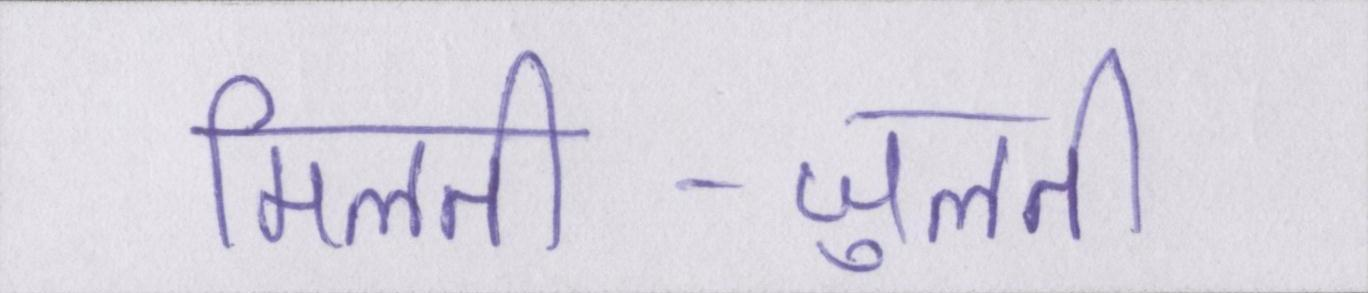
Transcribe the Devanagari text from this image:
मिलती-जुलती